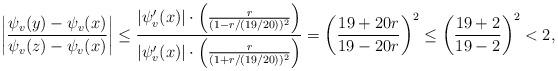
LaTeX: \begin{align*}\left|\frac{\psi_v(y) - \psi_v(x)}{\psi_v(z) - \psi_v(x)}\right| \leq \frac{|\psi_v'(x)|\cdot\left(\frac{r}{(1 - r/(19/20))^2}\right)}{|\psi_v'(x)|\cdot\left(\frac{r}{(1 + r/(19/20))^2}\right)} = \left(\frac{19 + 20r}{19 - 20r}\right)^2 \leq \left(\frac{19 + 2}{19 - 2}\right)^2 < 2,\end{align*}